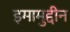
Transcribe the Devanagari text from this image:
इमामुद्दीन